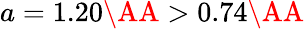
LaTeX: a=1.20\textrm{\AA}>0.74\textrm{\AA}